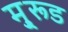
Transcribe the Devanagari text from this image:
मु्रूड